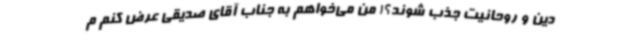
دین و روحانیت جذب شوند؟! من می‌خواهم به جناب آقای صدیقی عرض کنم م